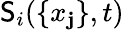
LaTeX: \mathsf{S}_{i}(\{ x_{\mathbf{j}}\} ,t)